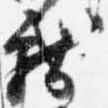
献